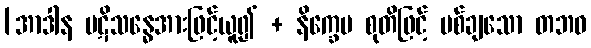
[အာဒါန ပဋိသန္ဓေအားဖြင့်ယူ၍ + နိက္ခေပ စုတိဖြင့် ပစ်ချသော တဘဝ